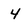
Character: 4